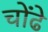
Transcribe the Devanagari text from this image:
चोंढे